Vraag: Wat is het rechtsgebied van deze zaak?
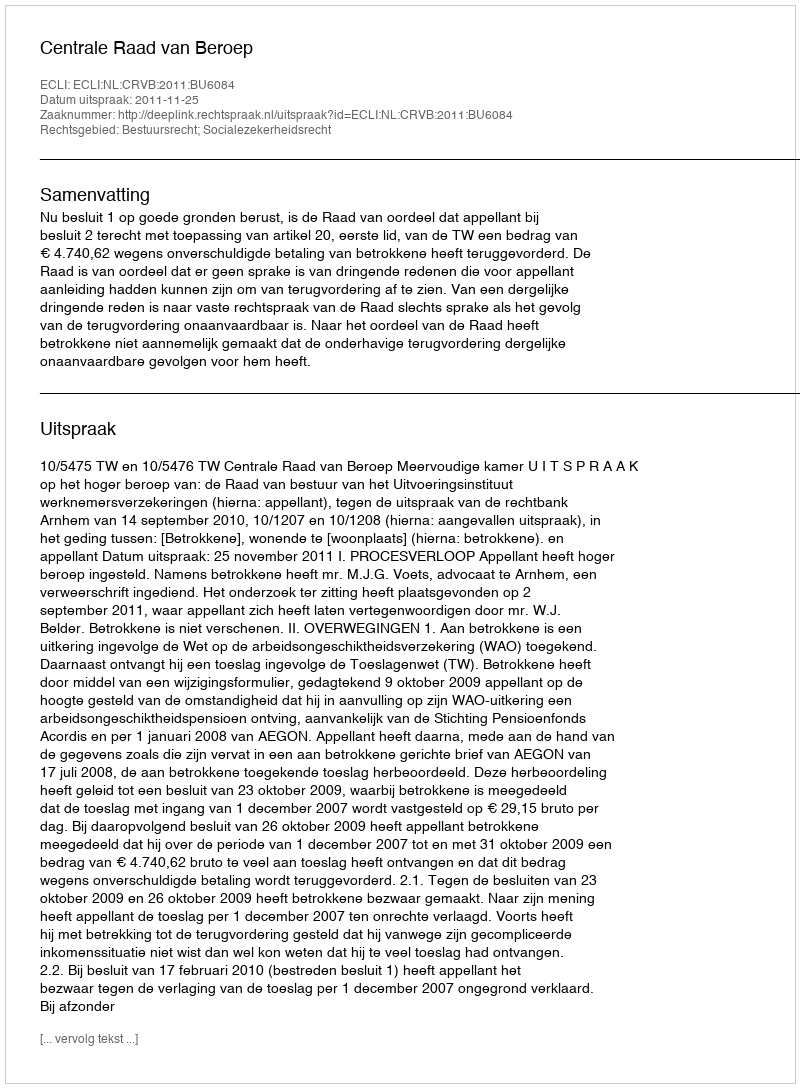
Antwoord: Bestuursrecht; Socialezekerheidsrecht